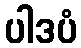
ပါဒပံ